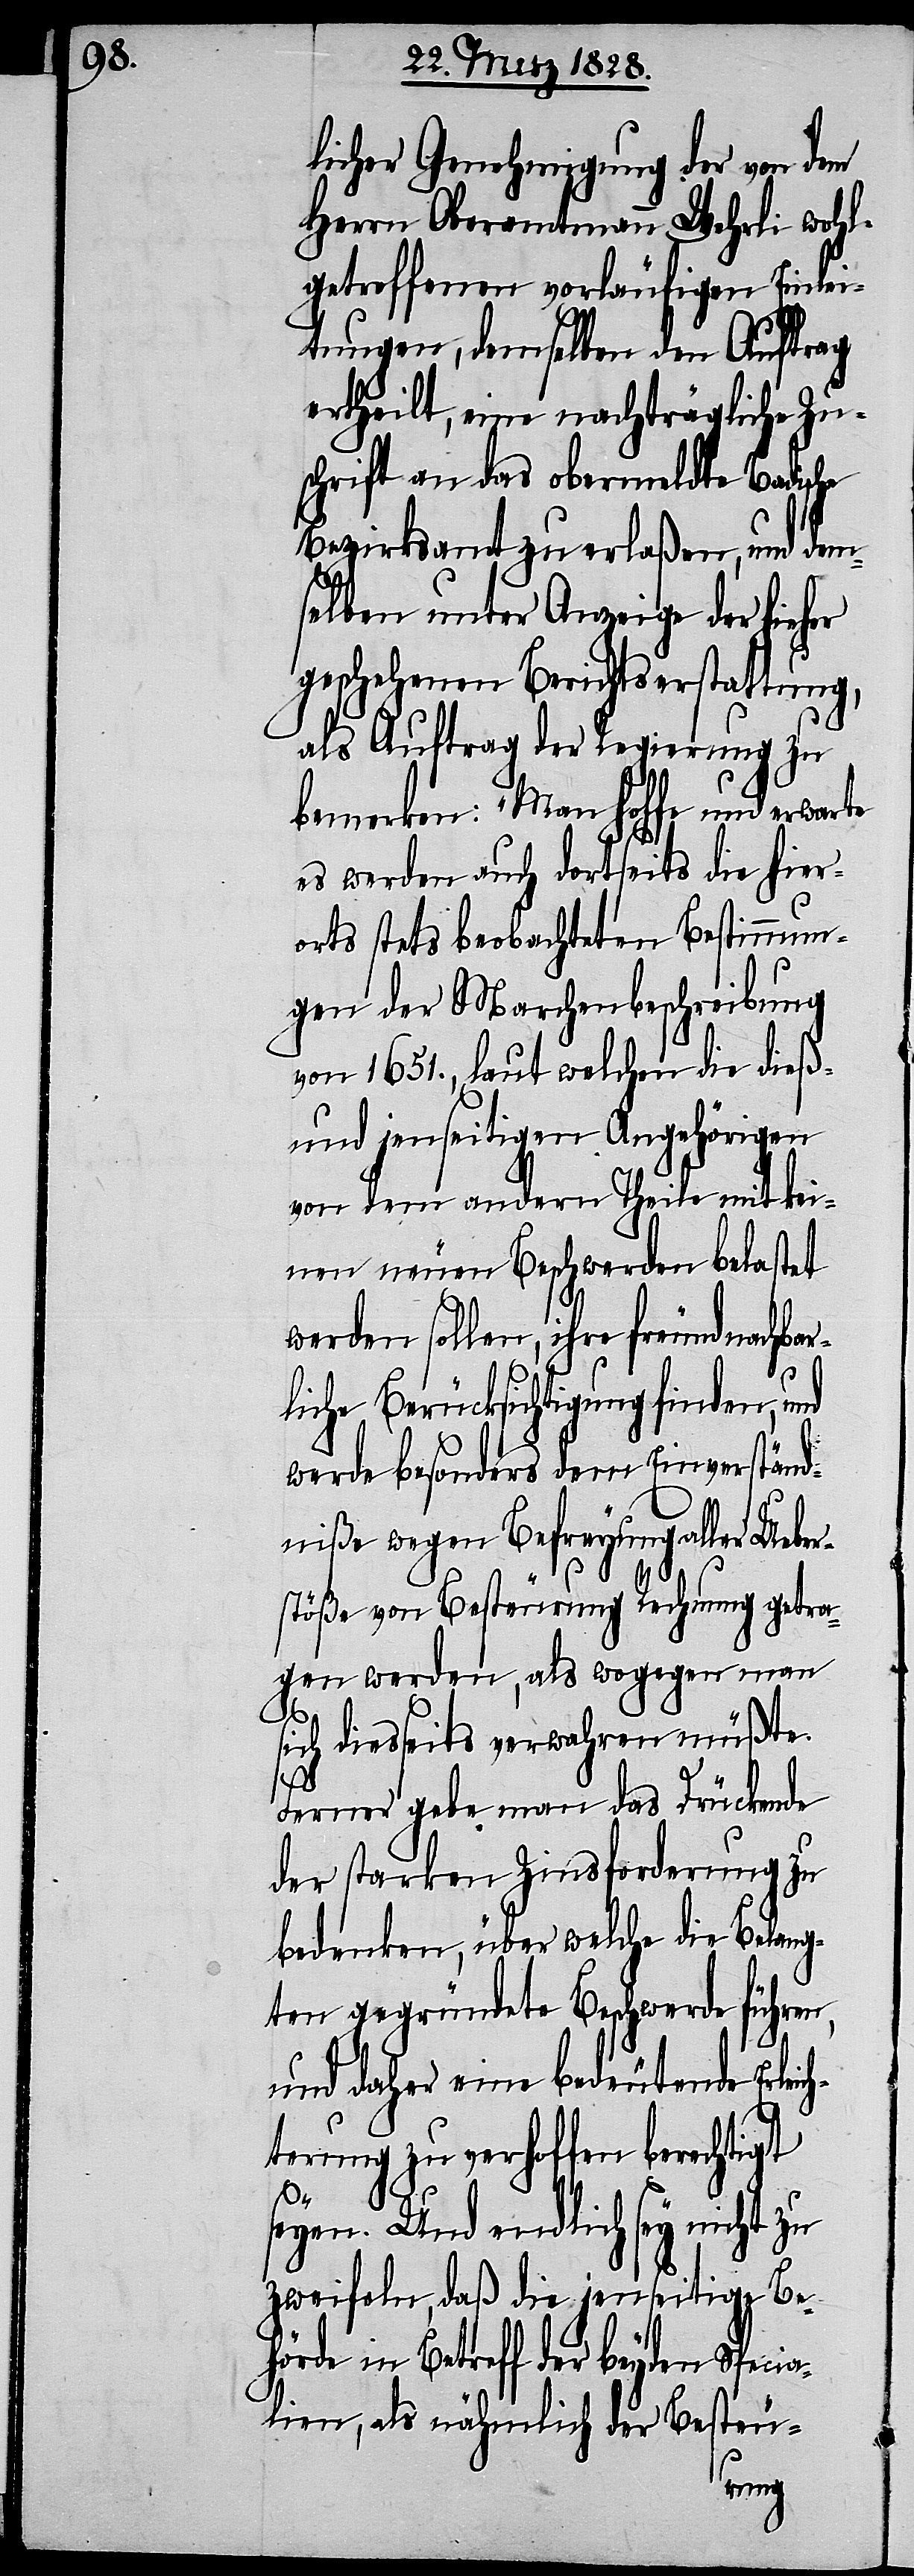
licher Genehmigung der von dem
Herrn Oberamtmann Wehrli wohl¬
getroffenen vorläufigen Einlei¬
tungen, demselben den Auftrag
ertheilt, eine nachträgliche Zu¬
schrift an das obermeldte Badische
Bezirksamt zu erlaßen, und dem¬
selben unter Anzeige der hieher
geschehenen Berichtserstattung,
als Auftrag der Regierung zu
bemerken: „Man hoffe und erwar¬
es werden auch dortseits die hier¬
orts stets beobachteten Bestimmun¬
gen der Marchenbeschreibung
von 1651., laut welchen die dieß
und jenseitigen Angehörigen
von dem andern Theile mit kei¬
nen neuen Beschwerden belastet
werden sollen, ihre freundnachbar¬
liche Berücksichtigung finden und
werde besonders dem Einverständ¬
niße wegen Befreyung aller Ueber¬
stöße von Besteurung Rechnung getra¬
gen werden, als wogegen man
sich diesseits verwahren müßte.
te
Ferner gebe man das Drückende
der starken Zinsforderung zu
bedenken, über welche die Belang¬
ten gegründete Beschwerde führen,
und daher eine bedeutende Erlei¬
terung zu verhoffen berechtigt
ch¬
seyen. Und endlich sey nicht zu
zweifeln, daß die jenseitige Be¬
hörde in Betreff der beyden Speci¬
alien, als nähmlich der Besteu-